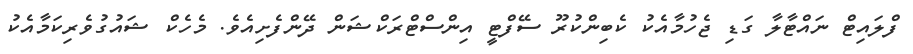
ފްލައިޓް ނައްޓާލާ ގަޑި ޖެހުމާއެކު ކެބިންކުރޫ ސޭފްޓީ އިންސްޓްރަކްޝަން ދޭންފެށިއެވެ. މެހެކް ޝައުގުވެރިކަމާއެކު